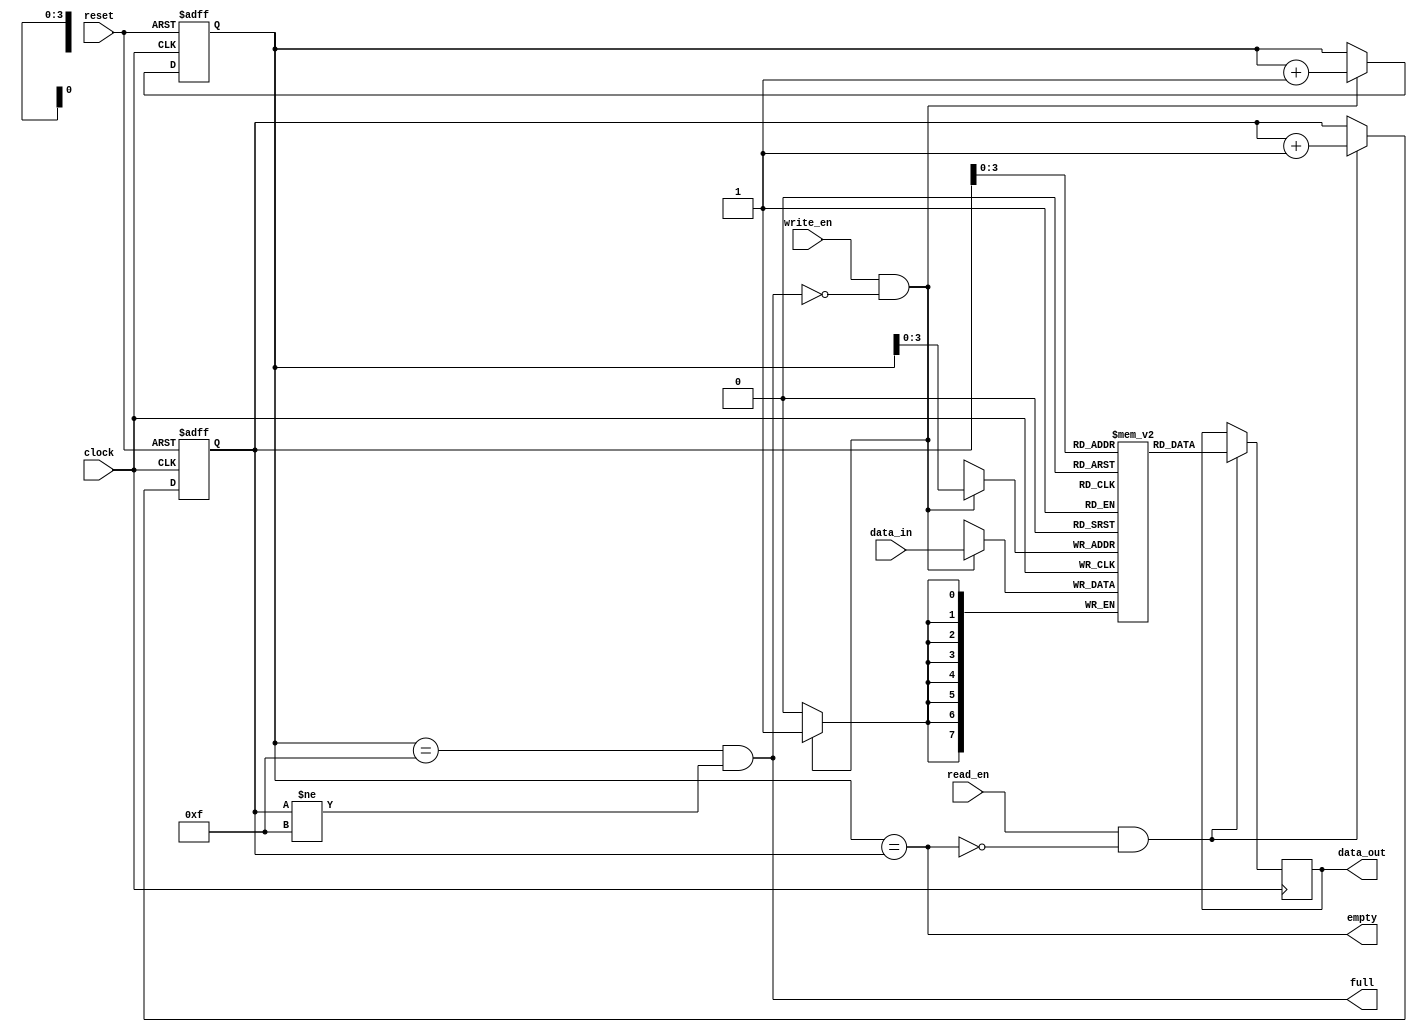
module FIFO
#(
    parameter DEPTH = 16, // Depth of the FIFO
    parameter DATA_WIDTH = 8 // Data width of the FIFO
)
(
    input wire clock, // Clock input
    input wire reset, // Reset input
    
    // Data signals
    input wire [DATA_WIDTH-1:0] data_in,
    output wire [DATA_WIDTH-1:0] data_out,
    
    // Control signals
    input wire write_en, // Write enable signal
    input wire read_en, // Read enable signal
    
    // Status signals
    output wire full, // FIFO full signal
    output wire empty // FIFO empty signal
);

reg [DATA_WIDTH-1:0] memory [DEPTH-1:0]; // FIFO memory
reg [DEPTH-1:0] write_ptr, read_ptr; // Write and read pointers

// Logic to manage write pointer
always @(posedge clock or posedge reset)
begin
    if (reset)
        write_ptr <= 0;
    else if (write_en && !full)
        write_ptr <= write_ptr + 1;
end

// Logic to manage read pointer
always @(posedge clock or posedge reset)
begin
    if (reset)
        read_ptr <= 0;
    else if (read_en && !empty)
        read_ptr <= read_ptr + 1;
end

// Data write logic
always @(posedge clock)
begin
    if (write_en && !full)
        memory[write_ptr] <= data_in;
end

// Data read logic
always @(posedge clock)
begin
    if (read_en && !empty)
        data_out <= memory[read_ptr];
end

// Status logic
assign full = (write_ptr == (DEPTH - 1)) && (read_ptr != (DEPTH - 1));
assign empty = (write_ptr == read_ptr);
endmodule